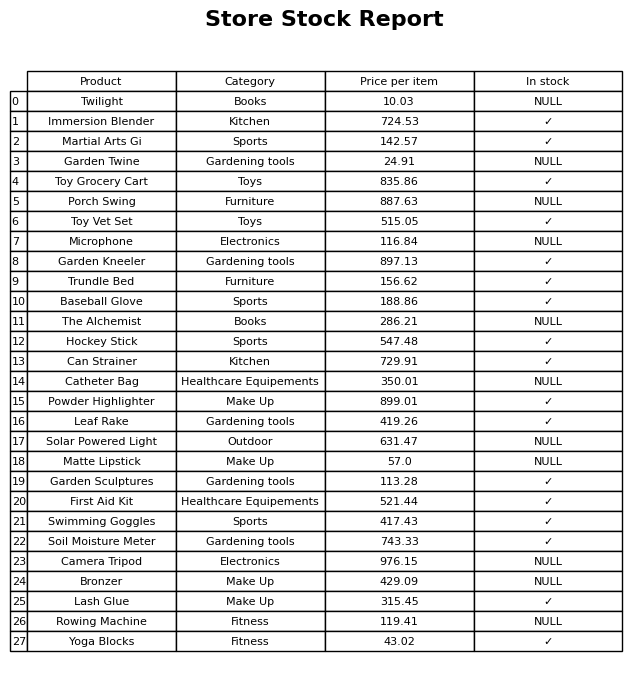
question: What is the stock status of the Immersion Blender?
answer: ✓